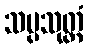
သပ္ပသုတ္တံ